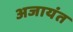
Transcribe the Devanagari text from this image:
अजायंत